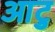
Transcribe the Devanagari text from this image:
आटु